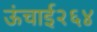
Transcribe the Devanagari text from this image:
ऊंचाई२६४